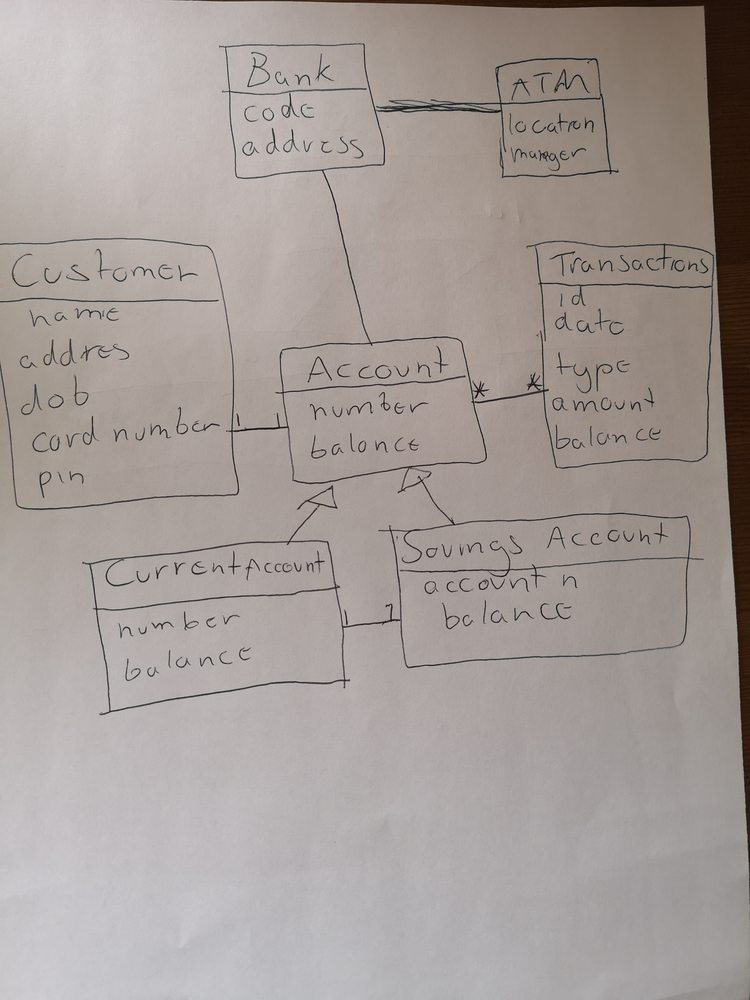
Diagram type: class_diagram
```plantuml
@startuml

class Bank {
  code
  address
}

class ATM {
  location
  manager
}

class Account {
  number
  balance
}

class CurrentAccount extends Account {
  number
  balance
}

class SavingsAccount extends Account {
  account
  balance
}

class Customer {
  name
  address
  dob
  cardnumber
  pin
}

class Transactions {
  id
  date
  type
  amount
  balance
}

Bank -- ATM
Bank -- Account

Account "1" -- "1" Customer
Account "*" -- "*" Transactions

CurrentAccount "1" -- "1" SavingsAccount

@enduml
```